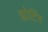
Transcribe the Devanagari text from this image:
प्लोटिंग